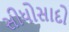
સીધોસાદો